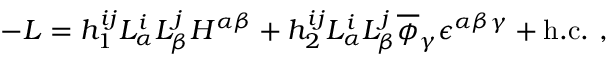
- { \cal L } = h _ { 1 } ^ { i j } L _ { \alpha } ^ { i } L _ { \beta } ^ { j } H ^ { \alpha \beta } + h _ { 2 } ^ { i j } L _ { \alpha } ^ { i } L _ { \beta } ^ { j } \overline { { { \phi } } } _ { \gamma } \epsilon ^ { \alpha \beta \gamma } + \mathrm { h . c . \ , }